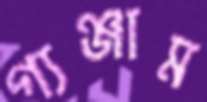
গ্যঞ্জাম